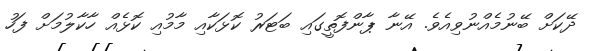
ދޭކަށް ބޭނުމެއްނުވިއެވެ. އޭނާ ޕާންފޮތީގައި ބަޓަރު ކޮޅަކާއި މާމުއި ކޮޅެއް ހާކާލުމަށް ފަހު